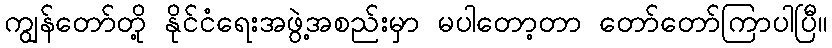
ကျွန်တော်တို့ နိုင်ငံရေးအဖွဲ့အစည်းမှာ မပါတော့တာ တော်တော်ကြာပါပြီ။